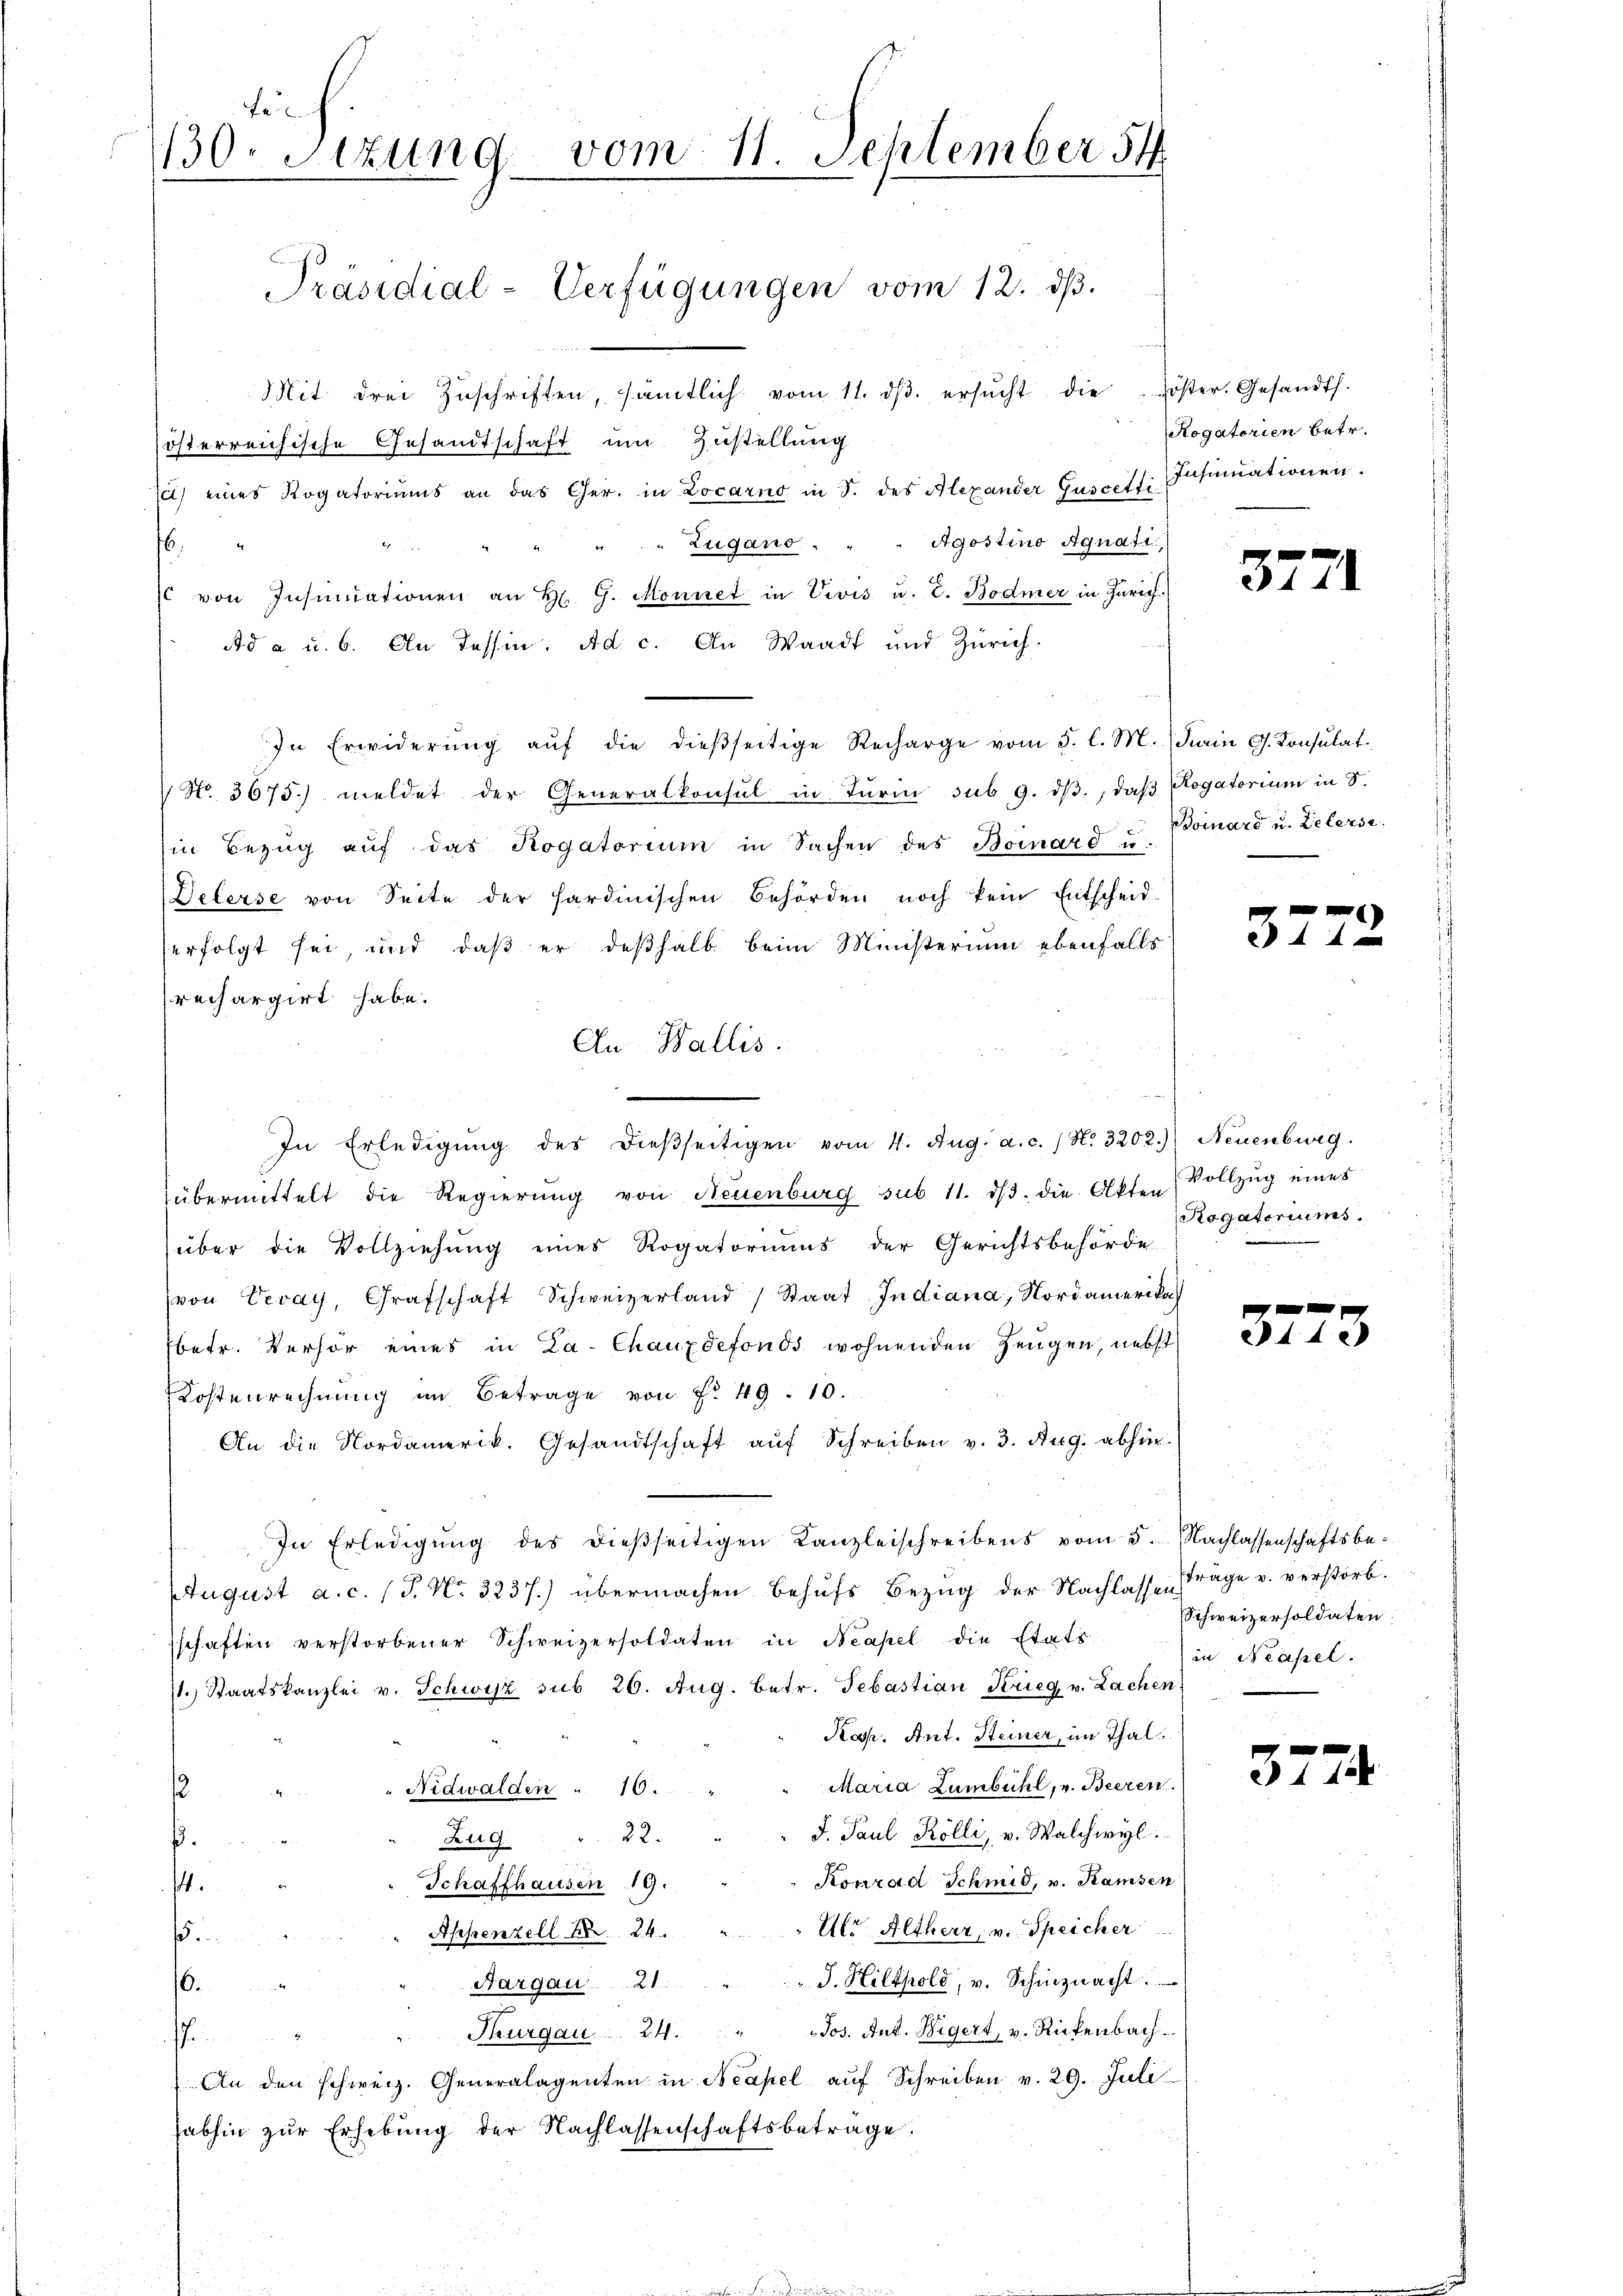
Fe
130. Sizung vom 11. September 54

Präsidial-Verfügungen vom 12. ds.

Mit drei Zŭschriften, sämtlich vom 11. dβ. ersŭcht die öster. Gesandt.
österreichische Gesandtschaft um Zustellung
e) eines Rogatoriŭms an das Ger. in Locarno in S. des Alexander Guscetti Insinuationen.
". Zugano . " " Agostino Agnati
f
 von Insinuationen an H. G. Monnet in Vivis u. s. Bodmer in Zürich
Ad a u. 6. An Tessin. Ad. c. An Waadt und Zürich
In Erwiderŭng aŭf die dieβseitige Recharge vom 5. l. M. darin G. Konsulat
 No. 3675) meldet der Generalkonsul in Turin sub 9. dβ., daβ Rogatorium in S.
hin Bezŭg aŭf das Rogatorium in Sachen des Boinard u.
Deterse von Seite der sardinischen Behörden noch kein Entscheid-
erfolgt sei, und daß er deßhalb beim Ministerium ebenfalls
rechargirt habe.
An Wallis.
In Erledigŭng des dießseitigen vom 4. Aug. a. c. / N. 3202.) Neuenburg
übermittelt die Regierŭng von Neuenburg sub 11. dβ. die Akten Vollzŭg eines
über die Vollziehung eines Rogatoriums der Gerichtsbehörde
(von Vevay, Grafschaft Schweizerland Staat Indiana, Nordamerika
betr. Verhör eines in La-Chauxdefonds wohnenden Zeugen, nebst
Kostenrechnung im Betrage von No 49. 10.
An die Nordamerik. Gesandtschaft auf Schreiben v. 3. Aug. abhin
In Erledigŭng des dießseitigen Kanzleischreibens vom 5. Nachlassenschaftsbe¬
August a. c. (T. No 3237.) übermachen behufs Bezug der Nachlasse Frage v. verstorb.
schaften verstorbener Schweizersoldaten in Neapel die Etats
st. Staatskanzlei v. Schwyz sub 26. Aug. betr. Sebastian Krieg v. Lachen
Ros. Ant. Steiner, im Thal
Maria Lumbühl, v. Beeren.
Nidwalden " 10.
12
J. Paul Kölli, v. Walchwyl
32.
Zug.
.
Konrad Schmid, v. Ramsen
Schaffhausen 19.
.
Ulr Altherr v. Speicher
Appenzell No 24.
s
J. Hiltpold, v. Schinznacht.
Aargau ... 21
16.
Jos. Ant. Wigert, v. Rickenbach.
Thurgau 24.
.
An den schweiz. Generalagenten in Neapel aŭf Schreiben v. 29. Juli
habhin zur Erhebung der Nachlassenschaftsbetrage.

Rogatorien betr.

3771

Boinars u. Zielerse

x
4

Rogatoriums.

x
211.

Schweizersoldaten:
in Neapel.

e
31 12